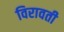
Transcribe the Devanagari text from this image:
विरावती